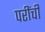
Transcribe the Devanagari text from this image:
परींची